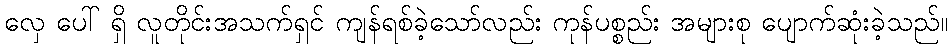
လှေ ပေါ် ရှိ လူတိုင်းအသက်ရှင် ကျန်ရစ်ခဲ့သော်လည်း ကုန်ပစ္စည်း အများစု ပျောက်ဆုံးခဲ့သည်။